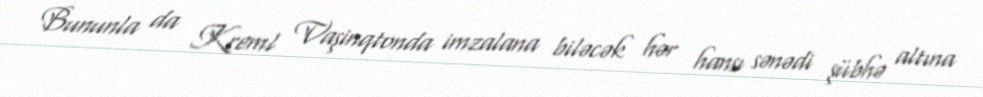
Bununla da Kreml Vaşinqtonda imzalana biləcək hər hansı sənədi şübhə altına